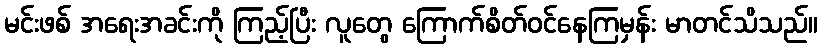
မင်းဖစ် အရေးအခင်းကို ကြည့်ပြီး လူတွေ ကြောက်စိတ်ဝင်နေကြမှန်း မာတင်သိသည်။